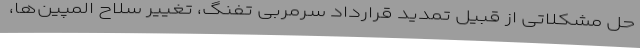
حل مشکلاتی از قبیل تمدید قرارداد سرمربی تفنگ، تغییر سلاح المپین‌ها،